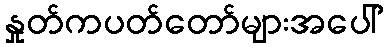
နှုတ်ကပတ်တော်များအပေါ်